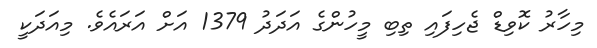
މިހާރު ކޮވިޑް ޖެހިފައި ތިބި މީހުންގެ އަދަދު 1379 އަށް އަރައެވެ. މިއަދަކީ